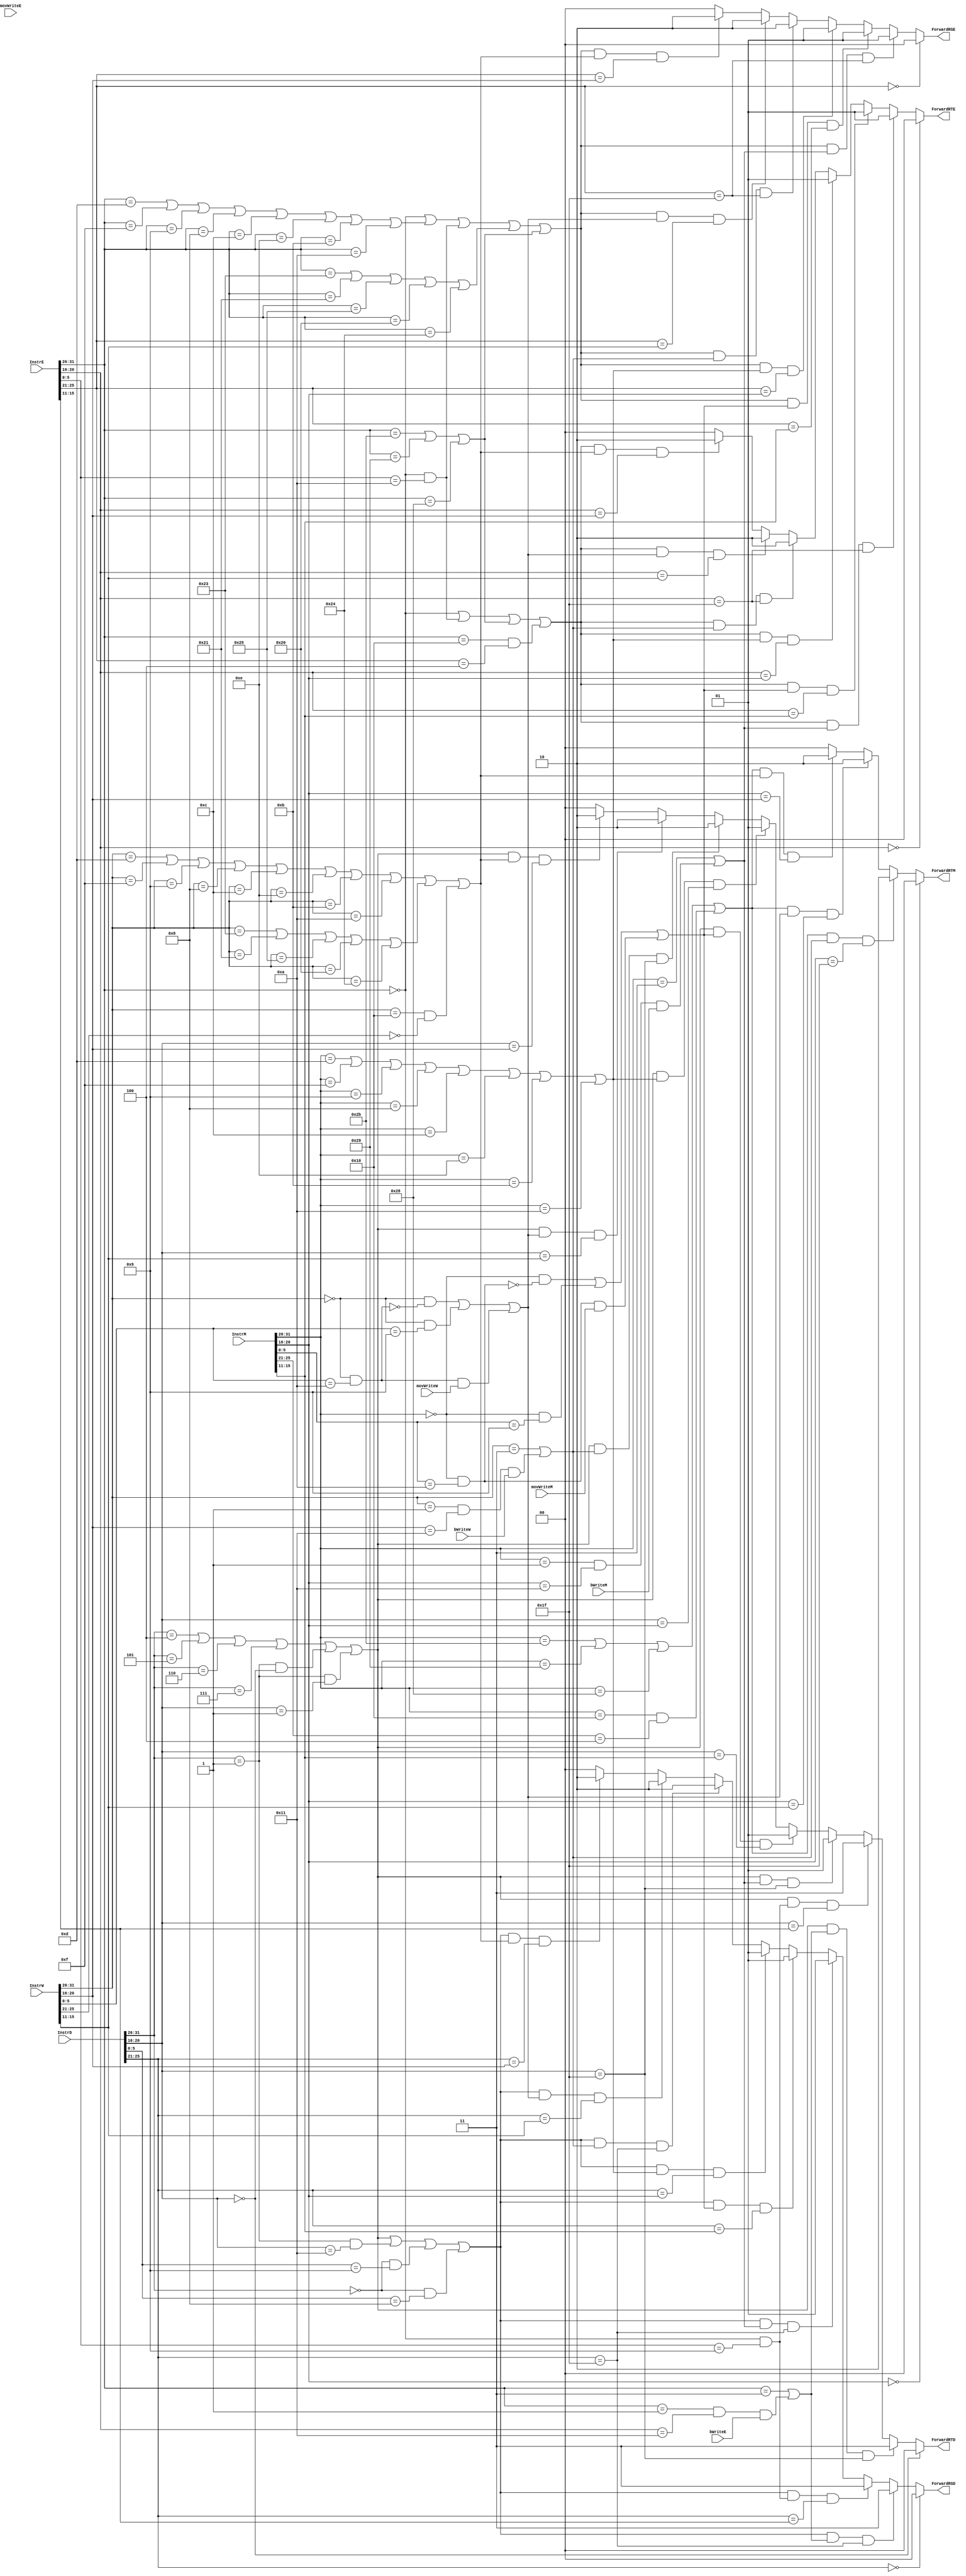
`timescale 1ns / 1ps
//////////////////////////////////////////////////////////////////////////////////
// Company: 
// Engineer: 
// 
// Design Name: 
// Module Name:    Forward 
// Project Name: 
// Target Devices: 
// Tool versions: 
// Description: 
//
// Dependencies: 
//
// Revision: 
// Revision 0.01 - File Created
// Additional Comments: 
//
//////////////////////////////////////////////////////////////////////////////////
`define op 31:26
`define rs 25:21
`define rt 20:16
`define rd 15:11
`define func 5:0
module Forward(
	 input  [31:0] InstrD,           //ID
	 input  [31:0] InstrE,           //EX
	 input  movWriteE,
	 input  bWriteE,
	 input  [31:0] InstrM,           //MEM
	 input  movWriteM,
	 input  bWriteM,
	 input  [31:0] InstrW,           //WB
	 input  movWriteW,
	 input  bWriteW,
	 output  [1:0] ForwardRSD,       //IDRS
	 output  [1:0] ForwardRTD,       //IDRT
	 output  [1:0] ForwardRSE,       //EXRS
	 output  [1:0] ForwardRTE,       //EXRT
	 output  [1:0] ForwardRTM        //MEMRT
    );
	 
	 //
	 wire un_b_D,con_b_D,jalr_D,jr_D,
			cal_r_E,cal_i_E,con_b_E,con_m_E,load_E,store_E,jal_E,jalr_E,
			cal_r_M,cal_i_M,con_b_M,con_m_M,store_M,jal_M,jalr_M,
			cal_r_W,cal_i_W,con_b_W,con_m_W,load_W,jal_W,jalr_W;
			
	 //,
	 wire write_ra_E,write_rd_E,
			write_ra_M,write_rd_M,write_rt_M,
			write_ra_W,write_rd_W,write_rt_W;
			
	 //,
	 wire use_rs_D,use_rt_D,
			use_rs_E,use_rt_E,
			use_rt_M;
	 
	 //Op
	 parameter R     = 6'b000_000,       //R = 000_000
				  lui   = 6'b001_111,       //lui = 001_111
				  ori   = 6'b001_101,       //ori = 001_101
				  addi  = 6'b001_000,       //addi = 001_000
				  addiu = 6'b001_001,       //addiu = 001_001
				  beq   = 6'b000_100,       //beq = 000_100
				  bne   = 6'b000_101,       //bne = 000_101
				  lw    = 6'b100_011,       //lw = 100_011
			     sw    = 6'b101_011,       //sw = 101_011
			     j     = 6'b000_010,       //j = 000_010
			     jal   = 6'b000_011,       //jal = 000_011
				  andi  = 6'b001_100,       //andi = 001_100
				  xori  = 6'b001_110,       //xori = 001_110
				  sltiu = 6'b001_011,       //sltiu = 001_011
				  sh    = 6'b101_001,       //sh = 101_001
				  sb    = 6'b101_000,       //sb = 101_000
				  lh    = 6'b100_001,       //lh = 100_001
				  lhu   = 6'b100_101,       //lhu = 100_101
				  lb    = 6'b100_000,       //lb = 100_000
				  lbu   = 6'b100_100,       //lbu = 100_100
				  blez  = 6'b000_110,       //blez = 000_110
				  bgtz  = 6'b000_111,       //bgtz = 000_111
				  slti  = 6'b001_010,       //slti = 001_010
				  Regimmb = 6'b000_001,
				  special2 = 6'b011_100,
				  COP0  = 6'b010_000;
				  
	 //rs
	 parameter mfc0 = 5'b00000,
				  mtc0 = 5'b00100;
	 
	 //rt		  
	 parameter bgezal = 5'b10001,
				  bltz   = 5'b00000,
				  bgez   = 5'b00001;
	 
	 //Func
	 parameter add   = 6'b100_000,        //add = 100_000
			     addu  = 6'b100_001,        //addu = 100_001
			     sub   = 6'b100_010,        //sub = 100_010
			     subu  = 6'b100_011,        //subu = 100_011
			     sll   = 6'b000_000,        //sll = 000_000
			     srl   = 6'b000_010,        //srl = 000_010
			     And   = 6'b100_100,        //and = 100_100
			     Or    = 6'b100_101,        //or = 100_101
			     Xor   = 6'b100_110,        //xor = 100_110
			     jr    = 6'b001_000,        //jr = 001_000
				  jalr  = 6'b001_001,        //jalr = 001_001
				  movz  = 6'b001_010,        //movz = 001_010
				  sra   = 6'b000_011,        //sra = 000_011
				  sllv  = 6'b000_100,        //sllv = 000_100
				  srav  = 6'b000_111,        //srav = 000_111
				  Nor   = 6'b100_111,        //Nor = 100_111
				  srlv  = 7'b0_000_110,      //srlv = 0_000_110
				  sltu  = 6'b101_011,        //sltu = 101_011
				  slt   = 6'b101_010,        //slt = 101_010
				  mult  = 6'b011_000,        //mult = 011_000
				  multu = 6'b011_001,        //multu = 011_001
				  div   = 6'b011_010,        //div = 011_010
				  divu  = 6'b011_011,        //divu = 011_011
				  mfhi  = 6'b010_000,        //mfhi = 010_000
				  mflo  = 6'b010_010,        //mflo = 010_010
				  mthi  = 6'b010_001,        //mthi = 010_001
				  mtlo  = 6'b010_011;        //mtlo = 010_011

				  
	 assign un_b_D = (InstrD[`op] == beq)  ||
						  (InstrD[`op] == bne)  ||
						  (InstrD[`op] == blez) ||
						  (InstrD[`op] == bgtz) ||
						  ((InstrD[`op] == Regimmb) && InstrD[`rt] == bltz) ||
						  ((InstrD[`op] == Regimmb) && InstrD[`rt] == bgez),
			  con_b_D = ((InstrD[`op] == Regimmb) && (InstrD[`rt] == bgezal)),
			  jalr_D = (InstrD[`op] == R) && (InstrD[`func] == jalr),
			  jr_D = (InstrD[`op] == R) && (InstrD[`func] == jr);
	 
	 assign cal_r_E = InstrE[`op] == R,
			  cal_i_E = (InstrE[`op] == ori) ||
							(InstrE[`op] == lui) ||
							(InstrE[`op] == addiu) ||
							(InstrE[`op] == addi)  ||
							(InstrE[`op] == andi)  ||
							(InstrE[`op] == xori)  ||
							(InstrE[`op] == sltiu) ||
							(InstrE[`op] == slti),
			  con_b_E = ((InstrE[`op] == Regimmb) && (InstrE[`rt] == bgezal)),
			  con_m_E = (InstrE[`op] == R) && (InstrE[`func] == movz),
			  load_E = (InstrE[`op] == lw)  ||
						  (InstrE[`op] == lh)  ||
						  (InstrE[`op] == lhu) ||
						  (InstrE[`op] == lb)  ||
						  (InstrE[`op] == lbu),
			  store_E = (InstrE[`op] == sw) ||
							(InstrE[`op] == sh) ||
							(InstrE[`op] == sb),
			  jal_E = InstrE[`op] == jal,
			  jalr_E = (InstrE[`op] == R) && (InstrE[`func] == jalr);
	 
	 assign cal_r_M = InstrM[`op] == R,
			  cal_i_M = (InstrM[`op] == ori) ||
							(InstrM[`op] == lui) ||
							(InstrM[`op] == addiu) ||
							(InstrM[`op] == addi)  ||
							(InstrM[`op] == andi)  ||
							(InstrM[`op] == xori)  ||
							(InstrM[`op] == sltiu) ||
							(InstrM[`op] == slti),
			  con_b_M = ((InstrM[`op] == Regimmb) && (InstrM[`rt] == bgezal)),
			  con_m_M = (InstrM[`op] == R) && (InstrM[`func] == movz),
			  store_M = (InstrM[`op] == sw) ||
							(InstrM[`op] == sh) ||
							(InstrM[`op] == sb),
			  jal_M = InstrM[`op] == jal,
			  jalr_M = (InstrM[`op] == R) && (InstrM[`func] == jalr);
			  
	 assign cal_r_W = InstrW[`op] == R,
			  cal_i_W = (InstrW[`op] == ori) ||
							(InstrW[`op] == lui) ||
							(InstrW[`op] == addiu) ||
							(InstrW[`op] == addi)  ||
							(InstrW[`op] == andi)  ||
							(InstrW[`op] == xori)  ||
							(InstrW[`op] == sltiu) ||
							(InstrW[`op] == slti),
			  con_b_W = ((InstrW[`op] == Regimmb) && (InstrW[`rt] == bgezal)),
			  con_m_W = (InstrW[`op] == R) && (InstrW[`func] == movz),
			  load_W = (InstrW[`op] == lw)  ||
						  (InstrW[`op] == lh)  ||
						  (InstrW[`op] == lhu) ||
						  (InstrW[`op] == lb)  ||
						  (InstrW[`op] == lbu),
			  jal_W = InstrW[`op] == jal,
			  jalr_W = (InstrW[`op] == R) && (InstrW[`func] == jalr);
	 
    //	 
	 assign write_ra_E = jal_E || (con_b_E && bWriteE),
			  write_rd_E = jalr_E,
			  
			  write_ra_M = jal_M || (con_b_M && bWriteM),
			  write_rd_M = (cal_r_M && (!con_m_M)) || jalr_M || (con_m_M && movWriteM),
			  write_rt_M = cal_i_M,
			  
			  write_ra_W = jal_W || (con_b_W && bWriteW),
			  write_rd_W = (cal_r_W && (!con_m_W)) || jalr_W || (con_m_W && movWriteW),
			  write_rt_W = cal_i_W || load_W || ((InstrW[`op] == COP0) && (InstrW[`rs] == mfc0));
	 
    //	 
	 assign use_rs_D = un_b_D || con_b_D || jalr_D || jr_D,
			  use_rt_D = un_b_D,
			  
			  use_rs_E = cal_r_E || cal_i_E || con_m_E || load_E || store_E,
			  use_rt_E = cal_r_E || con_m_E || store_E || ((InstrE[`op] == COP0) && (InstrE[`rs] == mtc0)),
			  
			  use_rt_M = store_M || ((InstrM[`op] == COP0) && (InstrM[`rs] == mtc0));

				  
	 assign ForwardRSD =            InstrD[`rs] == 5'b00000    ? 2'b00 : //0
			use_rs_D && write_ra_E && InstrD[`rs] == 5'b11111    ? 2'b11 : //11
			use_rs_D && write_rd_E && InstrD[`rs] == InstrE[`rd] ? 2'b11 :   
			use_rs_D && write_ra_M && InstrD[`rs] == 5'b11111    ? 2'b01 : //01
			use_rs_D && write_rd_M && InstrD[`rs] == InstrM[`rd] ? 2'b01 :
			use_rs_D && write_rt_M && InstrD[`rs] == InstrM[`rt] ? 2'b01 :
			use_rs_D && write_ra_W && InstrD[`rs] == 5'b11111    ? 2'b10 : //10
			use_rs_D && write_rd_W && InstrD[`rs] == InstrW[`rd] ? 2'b10 :
			use_rs_D && write_rt_W && InstrD[`rs] == InstrW[`rt] ? 2'b10 :
			                                                       2'b00 ;
	 
	 assign ForwardRTD =            InstrD[`rt] == 5'b00000    ? 2'b00 : //0
			use_rt_D && write_ra_E && InstrD[`rt] == 5'b11111    ? 2'b11 : //11
			use_rt_D && write_rd_E && InstrD[`rt] == InstrE[`rd] ? 2'b11 :
			use_rt_D && write_ra_M && InstrD[`rt] == 5'b11111    ? 2'b01 : //01
			use_rt_D && write_rd_M && InstrD[`rt] == InstrM[`rd] ? 2'b01 :
			use_rt_D && write_rt_M && InstrD[`rt] == InstrM[`rt] ? 2'b01 :
			use_rt_D && write_ra_W && InstrD[`rt] == 5'b11111    ? 2'b10 : //10
			use_rt_D && write_rd_W && InstrD[`rt] == InstrW[`rd] ? 2'b10 :
			use_rt_D && write_rt_W && InstrD[`rt] == InstrW[`rt] ? 2'b10 :
			                                                       2'b00 ;
																			  
	 
	 assign ForwardRSE =            InstrE[`rs] == 5'b00000    ? 2'b00 : //0
			use_rs_E && write_ra_M && InstrE[`rs] == 5'b11111    ? 2'b01 : //01
			use_rs_E && write_rd_M && InstrE[`rs] == InstrM[`rd] ? 2'b01 :
			use_rs_E && write_rt_M && InstrE[`rs] == InstrM[`rt] ? 2'b01 :
			use_rs_E && write_ra_W && InstrE[`rs] == 5'b11111    ? 2'b10 : //10
			use_rs_E && write_rd_W && InstrE[`rs] == InstrW[`rd] ? 2'b10 :
			use_rs_E && write_rt_W && InstrE[`rs] == InstrW[`rt] ? 2'b10 :
			                                                       2'b00 ;
			
	 assign ForwardRTE =            InstrE[`rt] == 5'b00000    ? 2'b00 : //0
			use_rt_E && write_ra_M && InstrE[`rt] == 5'b11111    ? 2'b01 : //01
			use_rt_E && write_rd_M && InstrE[`rt] == InstrM[`rd] ? 2'b01 :
			use_rt_E && write_rt_M && InstrE[`rt] == InstrM[`rt] ? 2'b01 :
			use_rt_E && write_ra_W && InstrE[`rt] == 5'b11111    ? 2'b10 : //10
			use_rt_E && write_rd_W && InstrE[`rt] == InstrW[`rd] ? 2'b10 :
			use_rt_E && write_rt_W && InstrE[`rt] == InstrW[`rt] ? 2'b10 :
			                                                       2'b00 ;
																							 
	 assign ForwardRTM =            InstrM[`rt] == 5'b00000    ? 2'b00 : //0
			use_rt_M && write_ra_W && InstrM[`rt] == 5'b11111    ? 2'b10 : //10
			use_rt_M && write_rd_W && InstrM[`rt] == InstrW[`rd] ? 2'b10 :
			use_rt_M && write_rt_W && InstrM[`rt] == InstrW[`rt] ? 2'b10 :
																	             2'b00 ;

endmodule